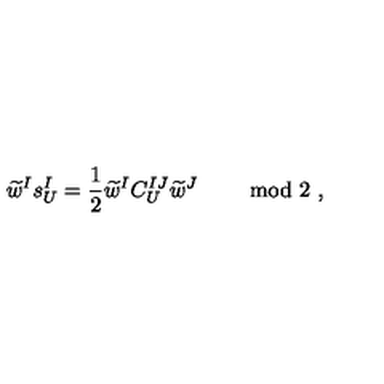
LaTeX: \widetilde { w } ^ { I } s _ { U } ^ { I } = \frac { 1 } { 2 } \widetilde { w } ^ { I } C _ { U } ^ { I J } \widetilde { w } ^ { J } \ \qquad \mathrm { m o d \ 2 } \ ,